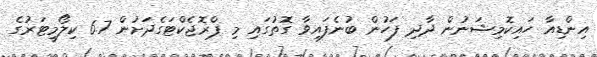
އިންޑިއާ ހައިކޮމިޝަނުން ދާދި ފަހުން ބުނެފައިވާ ގޮތުގައި މި ޕްރޮޖެކްޓަގެދަށުން 6.7 ކިލޯމީޓަރުގެ